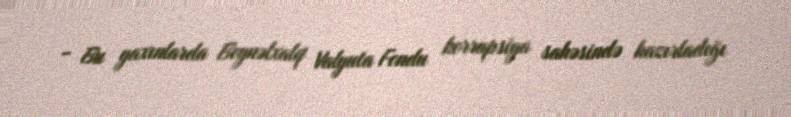
- Bu yaxınlarda Beynəlxalq Valyuta Fondu korrupsiya sahəsində hazırladığı